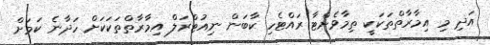
އަދި މި އިމާރާތްތަކަކީ ތިމާވެށްޓާ ރައްޓެހި ކާބަން ނިއުޓްރަލް އިމާރާތްތަކަކަށް ހަދާނެ ކަމަށް